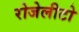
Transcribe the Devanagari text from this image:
रोजेलीटो